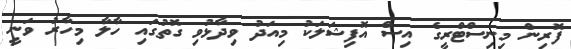
ފޮރިން މިނިސްޓްރީގެ އިސް އޮފިޝަލަކު މިއަދު ވިދާޅުވި ގޮތުގައި ހާލާ މިހާރު ވަނީ